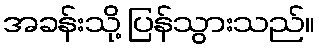
အခန်းသို့ ပြန်သွားသည်။